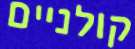
קולניים